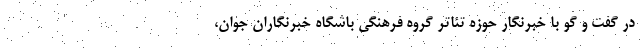
در گفت و گو با خبرنگار حوزه تئاتر گروه فرهنگی باشگاه خبرنگاران جوان،